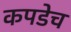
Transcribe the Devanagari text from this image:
कपडेच